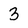
Character: 3